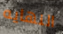
النهايه